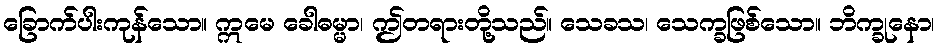
ခြောက်ပါးကုန်သော။ ဣမေ ခေါဓမ္မာ၊ ဤတရားတို့သည်။ သေခသ၊ သေက္ခဖြစ်သော။ ဘိက္ခုနော၊